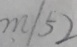
m / 5 2